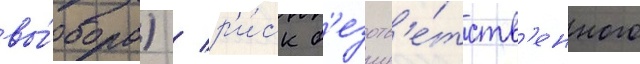
вы́бора) / р'и́ск б'езотв'е́тств'енного